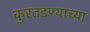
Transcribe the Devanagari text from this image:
कुरतडण्याच्या